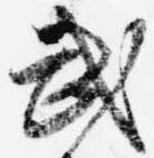
武